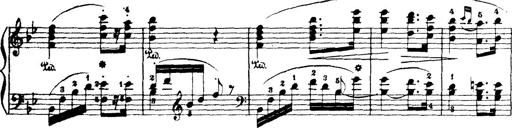
Title: Wagner-Liszt Album
Composer: Franz Liszt